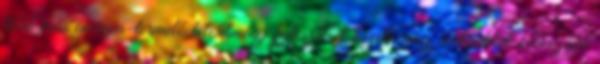
több más energia-termelő létesítmény fejlesztését kezdte meg, melyekkel kedvezőbb